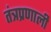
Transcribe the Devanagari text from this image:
तंत्रप्रणाली